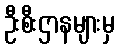
ဦးစီးဌာနများမှ